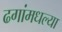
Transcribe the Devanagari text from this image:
ढगांमधल्या